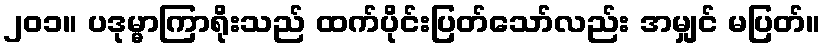
၂၀၁။ ပဒုမ္မာကြာရိုးသည် ထက်ပိုင်းပြတ်သော်လည်း အမျှင် မပြတ်။